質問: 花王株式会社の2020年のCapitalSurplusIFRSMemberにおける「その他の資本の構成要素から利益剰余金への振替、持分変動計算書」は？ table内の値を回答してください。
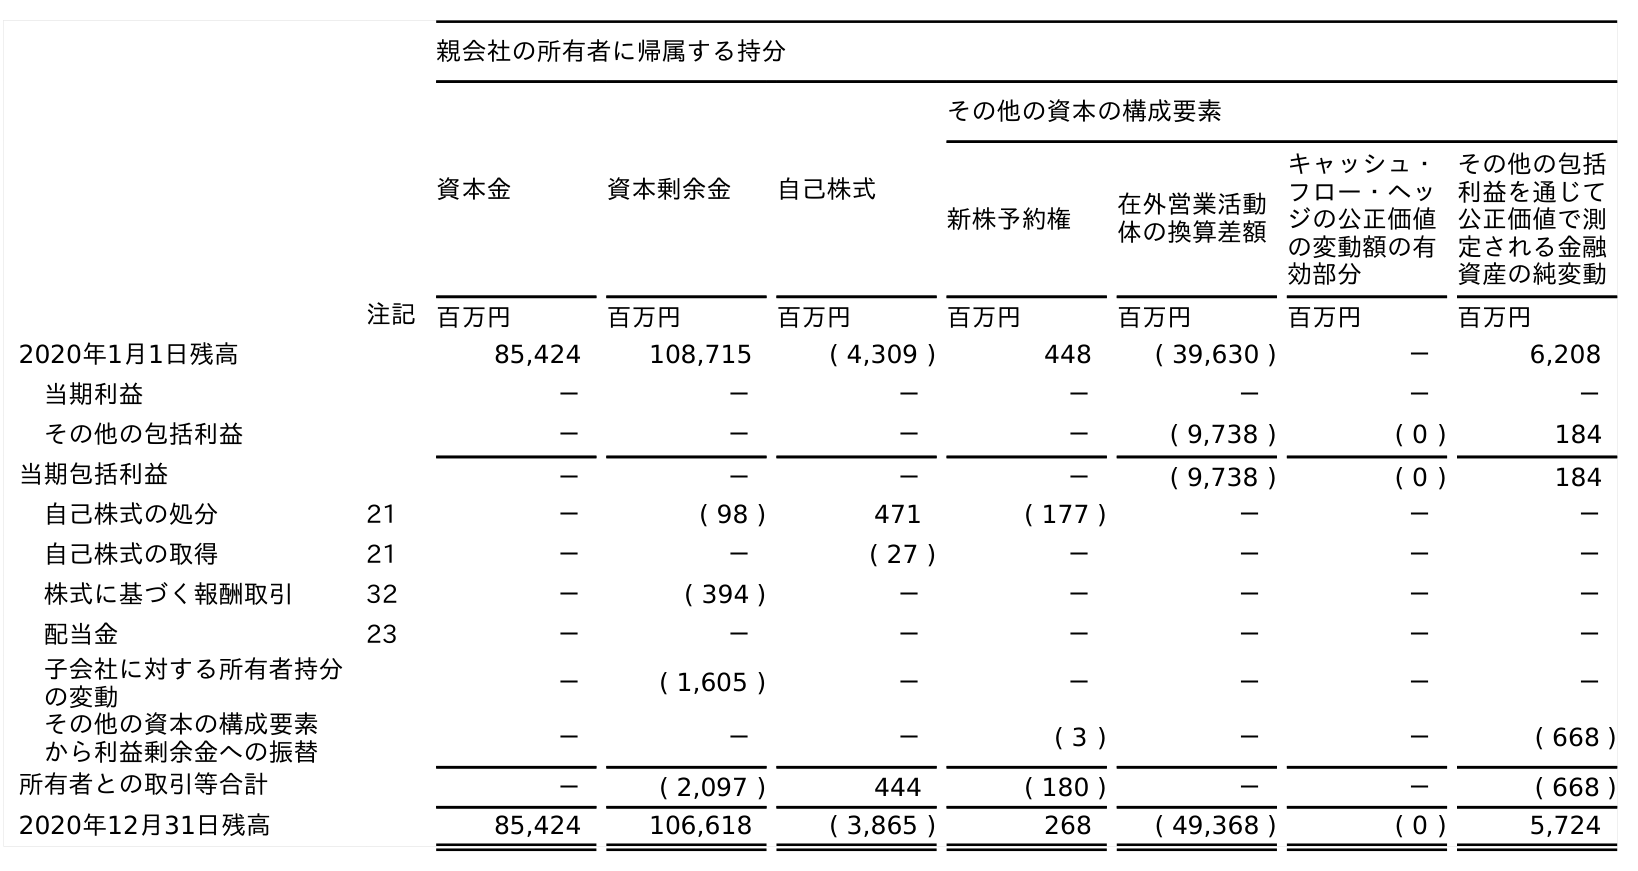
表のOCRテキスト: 親会社の所有者に帰属する持分 資本金 資本剰余金 自己株式 その他の資本の構成要素 新株予約権 在外営業活動 体の換算差額 キャッシュ・ フロー・ヘッ ジの公正価値 の変動額の有 効部分 その他の包括 利益を通じて 公正価値で測 定される金融 資産の純変動 注記 百万円 百万円 百万円 百万円 百万円 百万円 百万円 2020年1月1日残高 85,424 108,715 ( 4,309 ) 448 ( 39,630 ) － 6,208 当期利益 － － － － － － － その他の包括利益 － － － － ( 9,738 ) ( 0 ) 184 当期包括利益 － － － － ( 9,738 ) ( 0 ) 184 自己株式の処分 21 － ( 98 ) 471 ( 177 ) － － － 自己株式の取得 21 － － ( 27 ) － － － － 株式に基づく報酬取引 32 － ( 394 ) － － － － － 配当金 23 － － － － － － － 子会社に対する所有者持分 の変動 － ( 1,605 ) － － － － － その他の資本の構成要素 から利益剰余金への振替 － － － ( 3 ) － － ( 668 ) 所有者との取引等合計 － ( 2,097 ) 444 ( 180 ) － － ( 668 ) 2020年12月31日残高 85,424 106,618 ( 3,865 ) 268 ( 49,368 ) ( 0 ) 5,724
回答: －